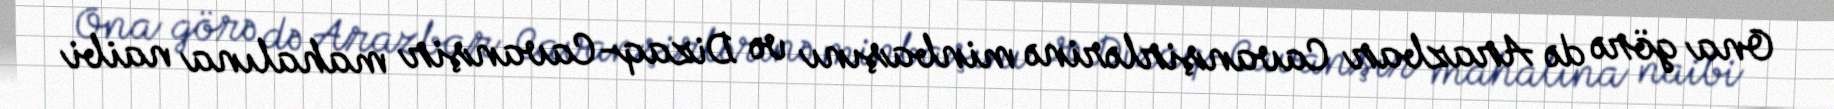
Ona görə də Arazbar Cavanşirlərinə minbaşını və Dizaq-Cavanşir mahalına naibi